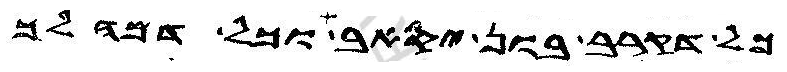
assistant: כל דקרב בון יסאב וכל דמהלך